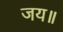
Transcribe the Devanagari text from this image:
जय॥